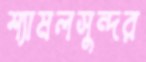
শ্যামলসুন্দর